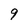
Character: 9